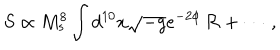
LaTeX: S \propto { M _ { s } ^ { 8 } } \int d ^ { 1 0 } x \sqrt { - g } e ^ { - 2 \phi } \, { \cal R } + \cdots \, ,